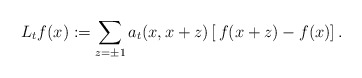
\begin{align*}L_{t}f(x):=\sum_{z=\pm 1}a_{t}(x,x+z)\left[\, f(x+z)-f(x)\right].\end{align*}